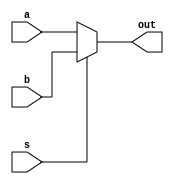
`timescale 1ns / 1ps

module mux2to1b(
    input a,
    input b,
    input s,
	 output reg out
    );
	 
	 always @(a, b, s)
	 begin 
	 if(s == 0)
		out = a;
	 else
		out = b;
	 end
endmodule